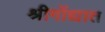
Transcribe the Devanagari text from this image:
श्रीगोंद्यात